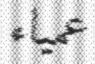
عمياء